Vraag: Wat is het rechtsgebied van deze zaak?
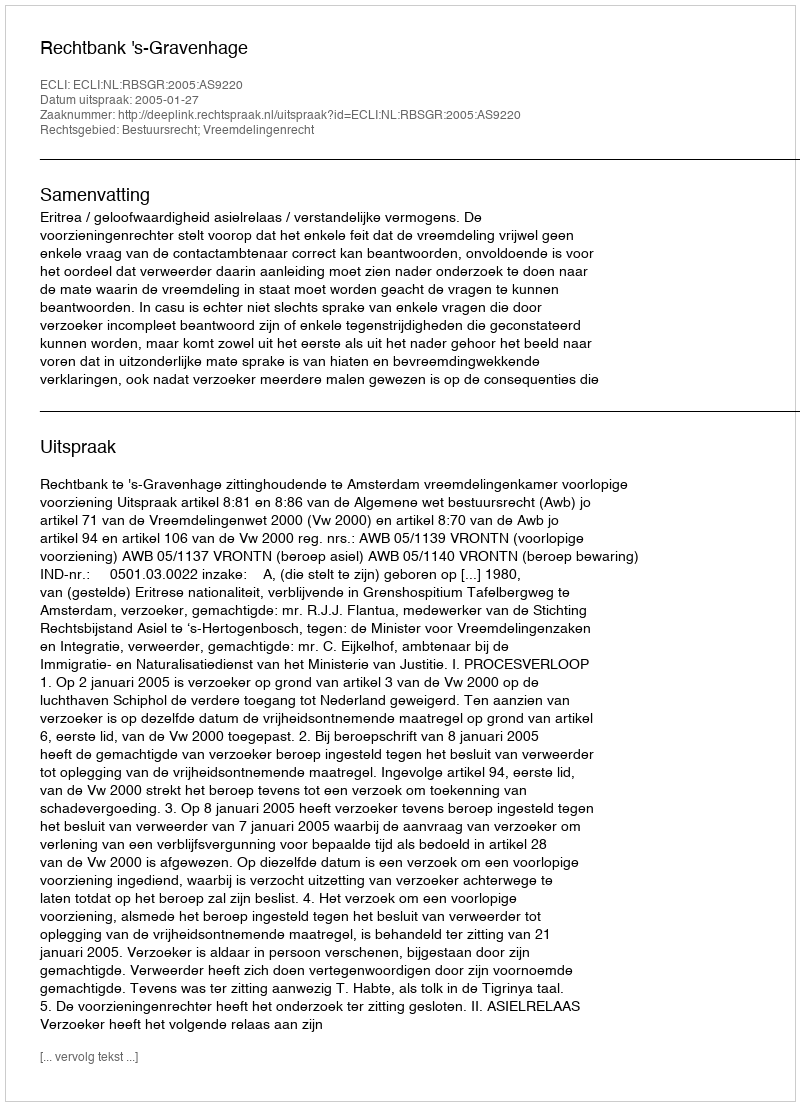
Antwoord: Bestuursrecht; Vreemdelingenrecht